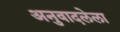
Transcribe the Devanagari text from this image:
अनुवादलेला